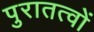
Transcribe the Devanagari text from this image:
पुरातत्वों